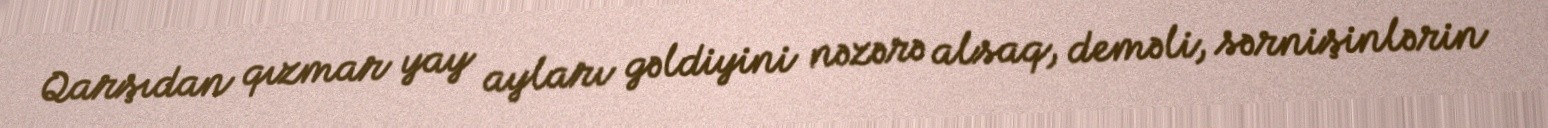
Qarşıdan qızmar yay ayları gəldiyini nəzərə alsaq, deməli, sərnişinlərin